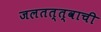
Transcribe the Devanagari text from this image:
जलतत्त्वाची